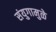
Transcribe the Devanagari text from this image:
संयुगामुळे